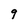
Character: 9